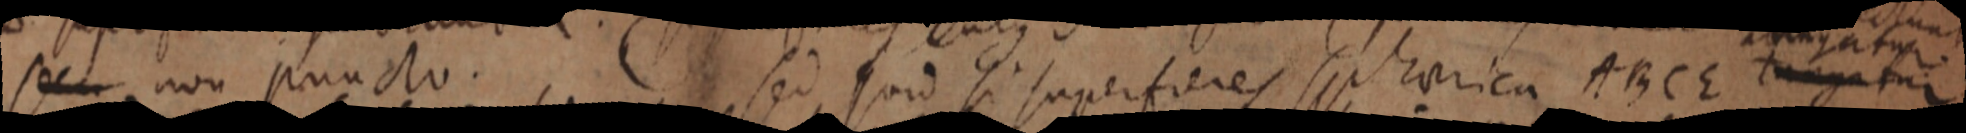
_ non puncto. sed quid si superfieres sphaerica ABCE t_tur